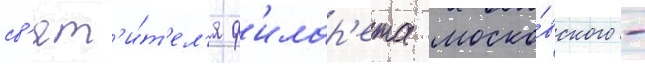
св'ят'и́т'ел'я ф'илар'ета моско́вского -